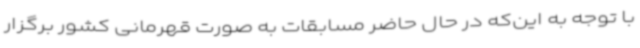
با توجه به این‌که در حال حاضر مسابقات به صورت قهرمانی کشور برگزار